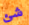
شئ